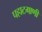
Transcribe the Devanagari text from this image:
पहाटगाणी